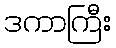
ဒကာကြီး